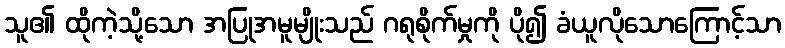
သူ၏ ထိုကဲ့သို့သော အပြုအမူမျိုးသည် ဂရုစိုက်မှုကို ပို၍ ခံယူလိုသောကြောင့်သာ